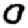
Digit: 0